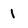
Character: l